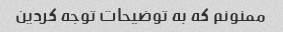
ممنونم که به توضیحات توجه کردین